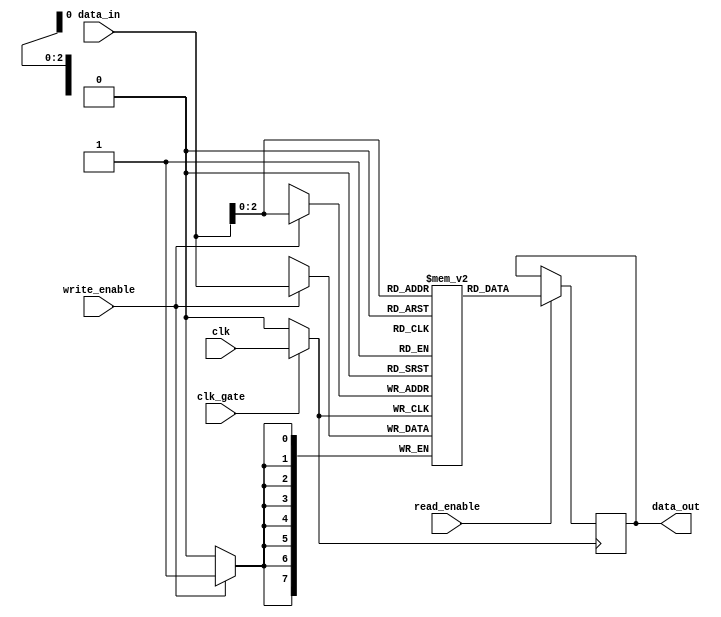
module memory_block (
    input wire clk,            // Main clock signal
    input wire clk_gate,      // Clock gating control signal
    input wire [7:0] data_in, // Input data for write operations
    input wire write_enable,   // Write enable signal
    input wire read_enable,    // Read enable signal
    output wire [7:0] data_out // Output data for read operations
);

    // Internal memory array (8 x 8 bits memory)
    reg [7:0] memory [0:7];
    reg [7:0] out_data; // Register to hold output data

    // Clock Gating Logic using Transmission Gates
    wire gated_clk;
    
    // Transmission Gate implementation
    assign gated_clk = (clk_gate) ? clk : 1'b0;  // Pass clk if clk_gate is high

    // Memory read/write operations
    always @(posedge gated_clk) begin
        if (write_enable) begin
            memory[data_in[2:0]] <= data_in; // Example address from lower 3 bits of data_in
        end
        if (read_enable) begin
            out_data <= memory[data_in[2:0]]; // Read the data from memory
        end
    end

    assign data_out = out_data; // Output the read data

endmodule